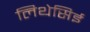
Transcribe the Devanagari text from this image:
लिथेसिई